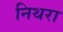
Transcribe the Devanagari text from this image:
निथरा